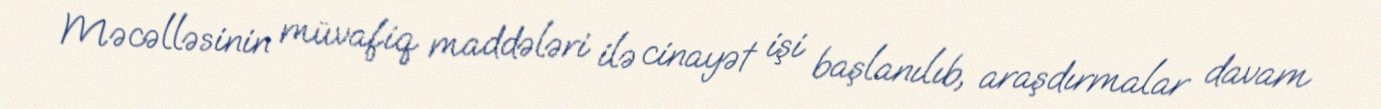
Məcəlləsinin müvafiq maddələri ilə cinayət işi başlanılıb, araşdırmalar davam